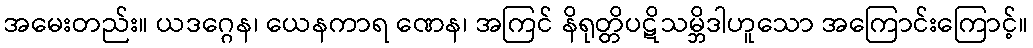
အမေးတည်း။ ယဒဂ္ဂေန၊ ယေနကာရ ဏေန၊ အကြင် နိရုတ္တိပဋိသမ္ဘိဒါဟူသော အကြောင်းကြောင့်။